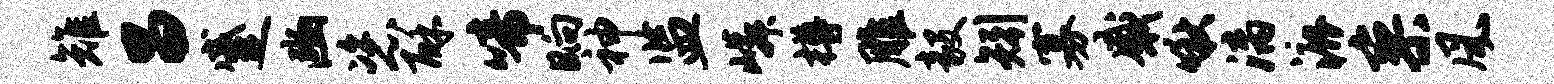
雉昌蹙豳恣酥啼晌神监嶙樽雕毅矧寡感啾漓漉寥风